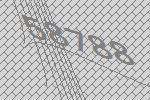
58788